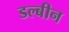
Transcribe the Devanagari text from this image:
डल्बीन